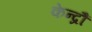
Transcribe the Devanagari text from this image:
केन्द्रौं